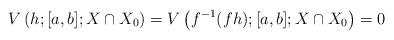
LaTeX: \begin{align*}V\left(h;[a,b];X \cap X_0\right) =V\left(f^{-1}(fh);[a,b];X \cap X_0\right)=0\end{align*}